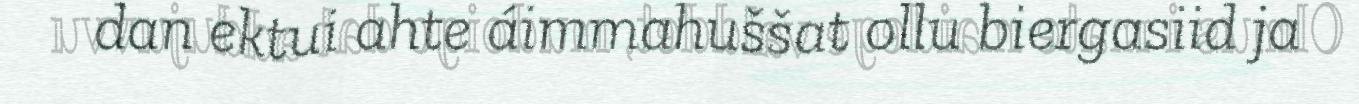
dan ektui ahte áimmahuššat ollu biergasiid ja